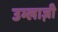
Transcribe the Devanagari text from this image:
उम्लाज़ी